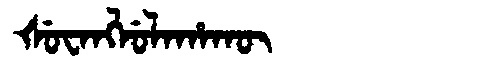
Manchu: ᡧᡠᠸᠠᠩᠯᡠᠯᠠᡥᠠᡴᡡ
Romanization: ŠUWANGLULAHAKŪ